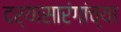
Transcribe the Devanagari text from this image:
दर्यासारंगांच्या